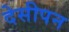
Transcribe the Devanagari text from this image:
देसीपन